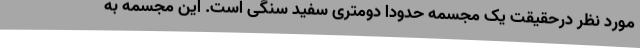
مورد نظر درحقیقت یک مجسمه حدودا دومتری سفید سنگی است. این مجسمه به